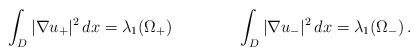
LaTeX: \begin{align*}\int_D|\nabla u_+|^2\,dx=\lambda_1(\Omega_+)\qquad\qquad\int_D|\nabla u_-|^2\,dx=\lambda_1(\Omega_-)\,.\end{align*}